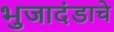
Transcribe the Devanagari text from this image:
भुजादंडाचे